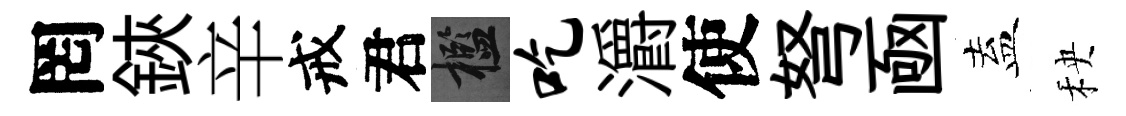
罔鋏辛戒君檻吃灂使弩凾盍秧